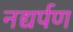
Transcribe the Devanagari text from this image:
नद्यर्पण